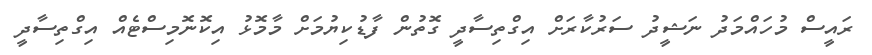
ރައީސް މުހައްމަދު ނަޝީދު ސަރުކާރަށް އިގްތިސާދީ ގޮތުން ފާޑުކިޔުމަށް މާމޮޅު އިކޮނޮމިސްޓެއް އިގްތިސާދީ